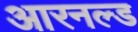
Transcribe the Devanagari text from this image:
आरनल्‍ड